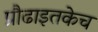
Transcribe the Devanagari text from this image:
प्रौढाइतकेच